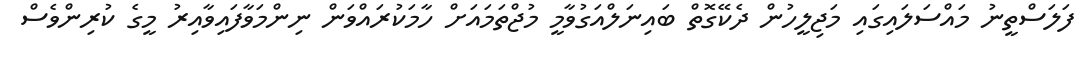
ފަލަސްތީނު މައްސަލައިގައި މަޖިލީހުން ދެކޭގޮތް ބައިނަލްއަގުވާމީ މުޖްތަމައަށް ހާމަކުރައްވަން ނިންމަވާފައިވާއިރު މީގެ ކުރިންވެސް